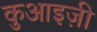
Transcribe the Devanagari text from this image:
कुआइज़ी